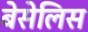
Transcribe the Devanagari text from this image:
बेसेलिस